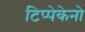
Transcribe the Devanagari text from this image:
टिप्पेकेनो